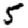
Digit: 5